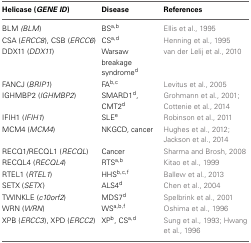
<table><thead><tr><td><b>Helicase (<i>GENE ID</i>)</b></td><td><b>Disease</b></td><td><b>References</b></td></tr></thead><tbody><tr><td>BLM <i>(BLM</i>)</td><td>BS<sup>a</sup><sup>,</sup><sup>b</sup></td><td>Ellis et al., 1995</td></tr><tr><td>CSA (<i>ERCC8</i>), CSB (<i>ERCC6</i>)</td><td>CS<sup>a</sup><sup>,</sup><sup>d</sup></td><td>Henning et al., 1995</td></tr><tr><td>DDX11 (<i>DDX11</i>)</td><td>Warsaw breakage syndrome<sup>d</sup></td><td>van der Lelij et al., 2010</td></tr><tr><td>FANCJ (<i>BRIP1</i>)</td><td>FA<sup>b</sup><sup>,</sup><sup>c</sup></td><td>Levitus et al., 2005</td></tr><tr><td>IGHMBP2 (<i>IGHMBP2</i>)</td><td>SMARD1<sup>d</sup>, CMT2<sup>d</sup></td><td>Grohmann et al., 2001; Cottenie et al., 2014</td></tr><tr><td>IFIH1 (<i>IFIH1</i>)</td><td>SLE<sup>e</sup></td><td>Robinson et al., 2011</td></tr><tr><td>MCM4 (<i>MCM4</i>)</td><td>NKGCD, cancer</td><td>Hughes et al., 2012; Jackson et al., 2014</td></tr><tr><td>RECQ1/RECQL1 (<i>RECQL</i>)</td><td>Cancer</td><td>Sharma and Brosh, 2008</td></tr><tr><td>RECQL4 (<i>RECQL4</i>)</td><td>RTS<sup>a</sup><sup>,</sup><sup>b</sup></td><td>Kitao et al., 1999</td></tr><tr><td>RTEL1 (<i>RTEL1</i>)</td><td>HHS<sup>b</sup><sup>,</sup><sup>c</sup><sup>,</sup><sup>f</sup></td><td>Ballew et al., 2013</td></tr><tr><td>SETX (<i>SETX</i>)</td><td>ALS4<sup>d</sup></td><td>Chen et al., 2004</td></tr><tr><td>TWINKLE (<i>c10orf2</i>)</td><td>MDS7<sup>d</sup></td><td>Spelbrink et al., 2001</td></tr><tr><td>WRN (<i>WRN</i>)</td><td>WS<sup>a</sup><sup>,</sup><sup>b</sup><sup>,</sup><sup>f</sup></td><td>Oshima et al., 1996</td></tr><tr><td>XPB (<i>ERCC3</i>), XPD (<i>ERCC2</i>)</td><td>XP<sup>b</sup>, CS<sup>a</sup><sup>,</sup><sup>d</sup></td><td>Sung et al., 1993; Hwang et al., 1996</td></tr></tbody></table>